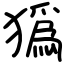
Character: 㺔